Annual report of the Punjab Veterinary College and of the Civil Veterinary Department, Punjab - 1926-1932
Year: 1926
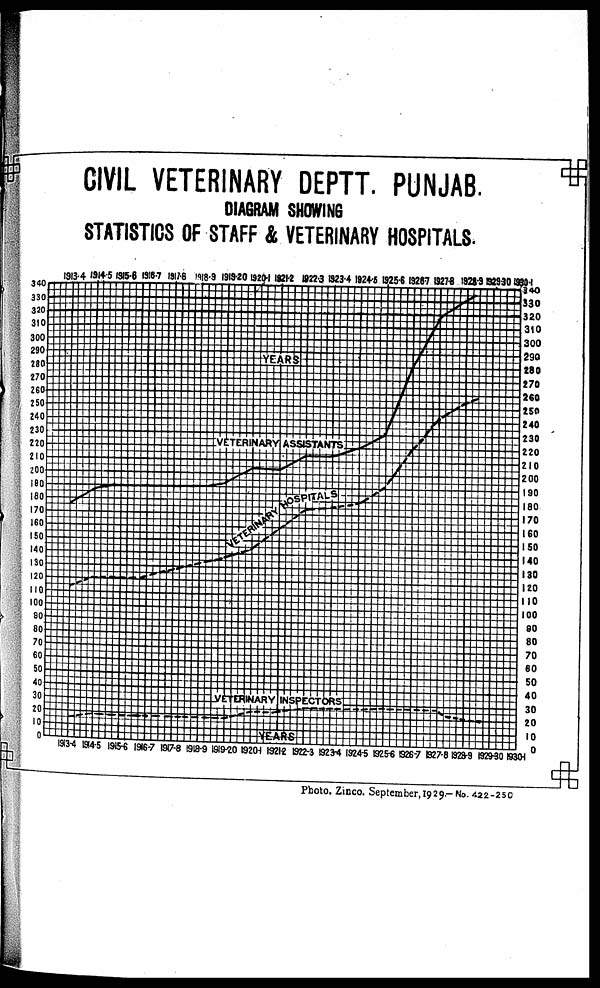
CIVIL VETERINARY DEPTT. PUNJAB.
DIAGRAM SHOWING
STATISTICS OF STAFF & VETERINARY HOSPITALS.
Photo. Zinco. September, 1929.- No. 422-250